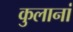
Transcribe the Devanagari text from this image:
कुलानां